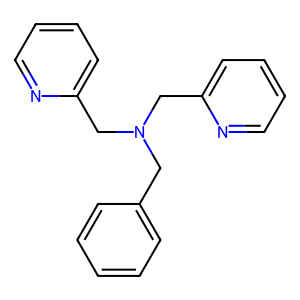
SMILES: c1ccc(CN(Cc2ccccn2)Cc2ccccn2)cc1
Inhibits HIV replication: No